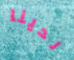
لدينا